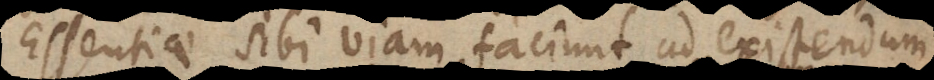
Essentiae sibi viam faciunt ad existendum